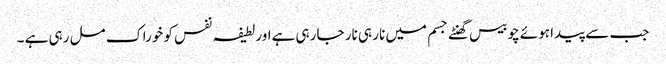
جب سے پیدا ہوئے چوبیس گھنٹے جسم میں نار ہی نار جا رہی ہےاور لطیفہ نفس کو خوراک مل رہی ہے ۔